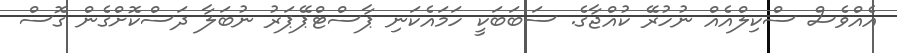
އެއްވެސް ސްކިލްއެއް ނުހުރޭ ކުއްޖާގެ. ސަބަބަކީ ހަމައެކަނި ޕާސްޓްޕޭޕަރު ނުބަލާ ދަސްކޮށްގެން ގޮސް